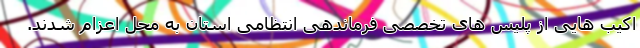
اکیب هایی از پلیس های تخصصی فرماندهی انتظامی استان به محل اعزام شدند.